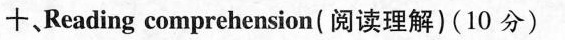
十,Reading comprehension(阅读理解)(10 分)